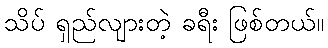
သိပ် ရှည်လျားတဲ့ ခရီး ဖြစ်တယ်။